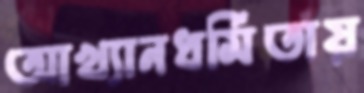
আখ্যানধর্মিতায়